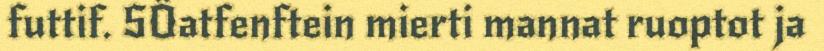
futtif. SÖatfenftein mierti mannat ruoptot ja